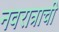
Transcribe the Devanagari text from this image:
नवरात्राची